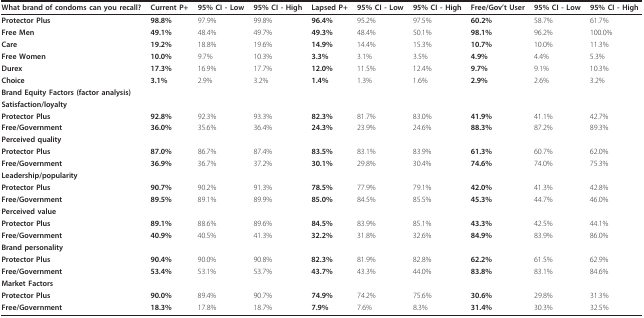
<table><thead><tr><td><b>What brand of condoms can you recall?</b></td><td><b>Current P+</b></td><td><b>95% CI - Low</b></td><td><b>95% CI - High</b></td><td><b>Lapsed P+</b></td><td><b>95% CI - Low</b></td><td><b>95% CI - High</b></td><td><b>Free/Gov&#x27;t User</b></td><td><b>95% CI - Low</b></td><td><b>95% CI - High</b></td></tr></thead><tbody><tr><td><b>Protector Plus</b></td><td><b>98.8%</b></td><td>97.9%</td><td>99.8%</td><td><b>96.4%</b></td><td>95.2%</td><td>97.5%</td><td><b>60.2%</b></td><td>58.7%</td><td>61.7%</td></tr><tr><td><b>Free Men</b></td><td><b>49.1%</b></td><td>48.4%</td><td>49.7%</td><td><b>49.3%</b></td><td>48.4%</td><td>50.1%</td><td><b>98.1%</b></td><td>96.2%</td><td>100.0%</td></tr><tr><td><b>Care</b></td><td><b>19.2%</b></td><td>18.8%</td><td>19.6%</td><td><b>14.9%</b></td><td>14.4%</td><td>15.3%</td><td><b>10.7%</b></td><td>10.0%</td><td>11.3%</td></tr><tr><td><b>Free Women</b></td><td><b>10.0%</b></td><td>9.7%</td><td>10.3%</td><td><b>3.3%</b></td><td>3.1%</td><td>3.5%</td><td><b>4.9%</b></td><td>4.4%</td><td>5.3%</td></tr><tr><td><b>Durex</b></td><td><b>17.3%</b></td><td>16.9%</td><td>17.7%</td><td><b>12.0%</b></td><td>11.5%</td><td>12.4%</td><td><b>9.7%</b></td><td>9.1%</td><td>10.3%</td></tr><tr><td><b>Choice</b></td><td><b>3.1%</b></td><td>2.9%</td><td>3.2%</td><td><b>1.4%</b></td><td>1.3%</td><td>1.6%</td><td><b>2.9%</b></td><td>2.6%</td><td>3.2%</td></tr><tr><td><b>Brand Equity Factors (factor analysis)</b></td><td></td><td></td><td></td><td></td><td></td><td></td><td></td><td></td><td></td></tr><tr><td><b>Satisfaction/loyalty</b></td><td></td><td></td><td></td><td></td><td></td><td></td><td></td><td></td><td></td></tr><tr><td><b>Protector Plus</b></td><td><b>92.8%</b></td><td>92.3%</td><td>93.3%</td><td><b>82.3%</b></td><td>81.7%</td><td>83.0%</td><td><b>41.9%</b></td><td>41.1%</td><td>42.7%</td></tr><tr><td><b>Free/Government</b></td><td><b>36.0%</b></td><td>35.6%</td><td>36.4%</td><td><b>24.3%</b></td><td>23.9%</td><td>24.6%</td><td><b>88.3%</b></td><td>87.2%</td><td>89.3%</td></tr><tr><td><b>Perceived quality</b></td><td></td><td></td><td></td><td></td><td></td><td></td><td></td><td></td><td></td></tr><tr><td><b>Protector Plus</b></td><td><b>87.0%</b></td><td>86.7%</td><td>87.4%</td><td><b>83.5%</b></td><td>83.1%</td><td>83.9%</td><td><b>61.3%</b></td><td>60.7%</td><td>62.0%</td></tr><tr><td><b>Free/Government</b></td><td><b>36.9%</b></td><td>36.7%</td><td>37.2%</td><td><b>30.1%</b></td><td>29.8%</td><td>30.4%</td><td><b>74.6%</b></td><td>74.0%</td><td>75.3%</td></tr><tr><td><b>Leadership/popularity</b></td><td></td><td></td><td></td><td></td><td></td><td></td><td></td><td></td><td></td></tr><tr><td><b>Protector Plus</b></td><td><b>90.7%</b></td><td>90.2%</td><td>91.3%</td><td><b>78.5%</b></td><td>77.9%</td><td>79.1%</td><td><b>42.0%</b></td><td>41.3%</td><td>42.8%</td></tr><tr><td><b>Free/Government</b></td><td><b>89.5%</b></td><td>89.1%</td><td>89.9%</td><td><b>85.0%</b></td><td>84.5%</td><td>85.5%</td><td><b>45.3%</b></td><td>44.7%</td><td>46.0%</td></tr><tr><td><b>Perceived value</b></td><td></td><td></td><td></td><td></td><td></td><td></td><td></td><td></td><td></td></tr><tr><td><b>Protector Plus</b></td><td><b>89.1%</b></td><td>88.6%</td><td>89.6%</td><td><b>84.5%</b></td><td>83.9%</td><td>85.1%</td><td><b>43.3%</b></td><td>42.5%</td><td>44.1%</td></tr><tr><td><b>Free/Government</b></td><td><b>40.9%</b></td><td>40.5%</td><td>41.3%</td><td><b>32.2%</b></td><td>31.8%</td><td>32.6%</td><td><b>84.9%</b></td><td>83.9%</td><td>86.0%</td></tr><tr><td><b>Brand personality</b></td><td></td><td></td><td></td><td></td><td></td><td></td><td></td><td></td><td></td></tr><tr><td><b>Protector Plus</b></td><td><b>90.4%</b></td><td>90.0%</td><td>90.8%</td><td><b>82.3%</b></td><td>81.9%</td><td>82.8%</td><td><b>62.2%</b></td><td>61.5%</td><td>62.9%</td></tr><tr><td><b>Free/Government</b></td><td><b>53.4%</b></td><td>53.1%</td><td>53.7%</td><td><b>43.7%</b></td><td>43.3%</td><td>44.0%</td><td><b>83.8%</b></td><td>83.1%</td><td>84.6%</td></tr><tr><td><b>Market Factors</b></td><td></td><td></td><td></td><td></td><td></td><td></td><td></td><td></td><td></td></tr><tr><td><b>Protector Plus</b></td><td><b>90.0%</b></td><td>89.4%</td><td>90.7%</td><td><b>74.9%</b></td><td>74.2%</td><td>75.6%</td><td><b>30.6%</b></td><td>29.8%</td><td>31.3%</td></tr><tr><td><b>Free/Government</b></td><td><b>18.3%</b></td><td>17.8%</td><td>18.7%</td><td><b>7.9%</b></td><td>7.6%</td><td>8.3%</td><td><b>31.4%</b></td><td>30.3%</td><td>32.5%</td></tr></tbody></table>